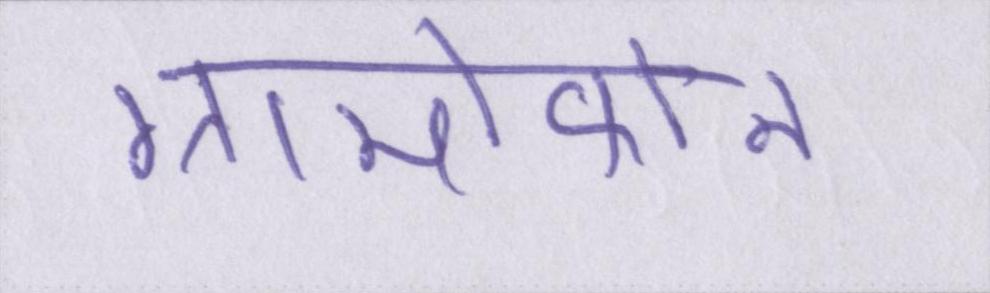
ग्रामोफोन